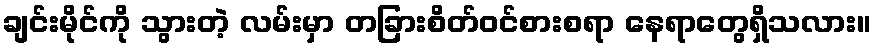
ချင်းမိုင်ကို သွားတဲ့ လမ်းမှာ တခြားစိတ်ဝင်စားစရာ နေရာတွေရှိသလား။